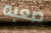
صعبه